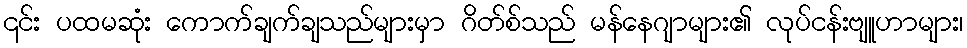
၎င်း ပထမဆုံး ကောက်ချက်ချသည်များမှာ ဂိတ်စ်သည် မန်နေဂျာများ၏ လုပ်ငန်းဗျူဟာများ၊